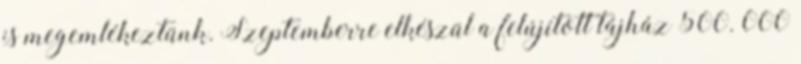
is megemlékeztünk. Szeptemberre elkészül a felújított tájház 500. 000